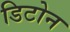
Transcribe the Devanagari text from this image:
डिटोन